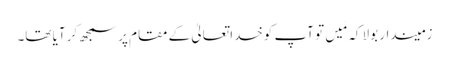
زمیندار بولا کہ مَیں تو آپ کوخدا تعالیٰ کے مقام پر سمجھ کر آیا تھا۔